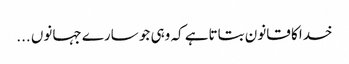
خدا کا قانون بتاتاہے کہ وہی جو سارے جہانوں ...